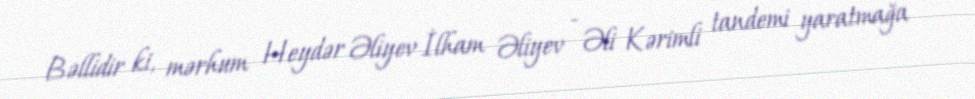
Bəllidir ki, mərhum Heydər Əliyev İlham Əliyev - Əli Kərimli tandemi yaratmağa